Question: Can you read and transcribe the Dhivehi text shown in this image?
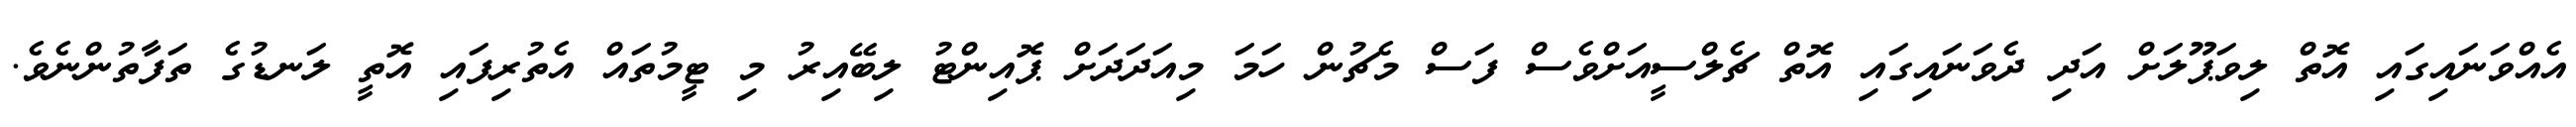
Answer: އެއްވަނައިގައި އޮތް ލިވަޕޫލަށް އަދި ދެވަނައިގައި އޮތް ޗެލްސީއަށްވެސް ފަސް މެޗުން ހަމަ މިއަދަދަށް ޕޮއިންޓު ލިބޭއިރު މި ޓީމުތައް އެތުރިފައި އޮތީ ލަނޑުގެ ތަފާތުންނެވެ.